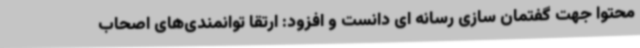
محتوا جهت گفتمان سازی رسانه ای دانست و افزود: ارتقا توانمندی‌های اصحاب